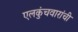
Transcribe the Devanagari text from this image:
एलकुंचवारांची